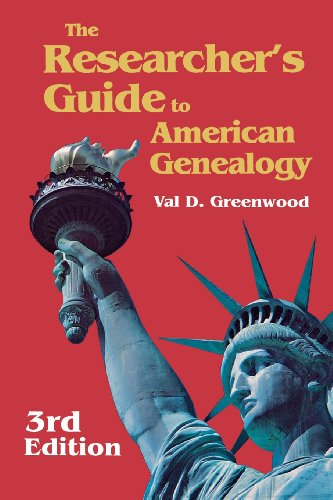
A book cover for The Researcher's Guide to American Genealogy. 3rd Edition. Paperback Version; Val D. Greenwood; Reference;